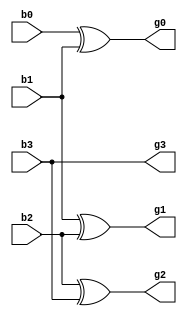
module binary_gray
  (input b3,b2,b1,b0,
   output g3,g2,g1,g0);
  
  xor x1(g0,b0,b1);
  xor x2(g1,b1,b2);
  xor x3(g2,b2,b3);
  buf (g3,b3);
endmodule